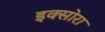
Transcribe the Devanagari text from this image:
इक्सोरा